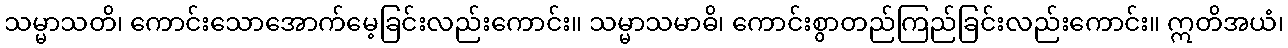
သမ္မာသတိ၊ ကောင်းသောအောက်မေ့ခြင်းလည်းကောင်း။ သမ္မာသမာဓိ၊ ကောင်းစွာတည်ကြည်ခြင်းလည်းကောင်း။ ဣတိအယံ၊